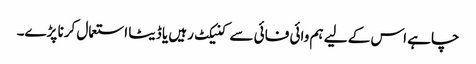
چاہے اس کے لیے ہم وائی فائی سے کنیکٹ رہیں یا ڈیٹا استعمال کرنا پڑے۔